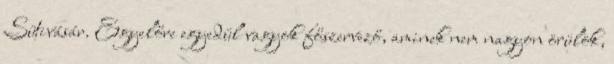
Sütivásár. Egyelőre egyedül vagyok főszervező, aminek nem nagyon örülök,